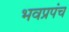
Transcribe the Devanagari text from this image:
भवप्रपंच